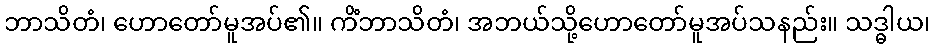
ဘာသိတံ၊ ဟောတော်မူအပ်၏။ ကိံဘာသိတံ၊ အဘယ်သို့ဟောတော်မူအပ်သနည်း။ သဒ္ဓါယ၊